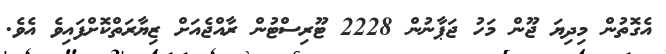
އެގޮތުން މިދިޔަ ޖޫން މަހު ޖަޕާނުން 2228 ޓޫރިސްޓުން ރާއްޖެއަށް ޒިޔާރަތްކޮށްފައިވެ އެވެ.